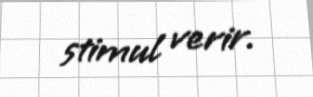
stimul verir.